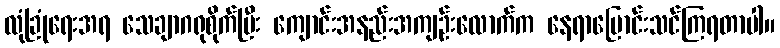
လုံခြုံရေးအရ သေချာဂရုစိုက်ပြီး ကျောင်းအနည်းအကျဉ်းလောက်က နေရာပြောင်းသင်ကြရတာပါ။